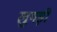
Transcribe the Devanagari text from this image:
लुगड़ी